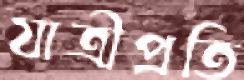
যাত্রীপ্রতি